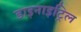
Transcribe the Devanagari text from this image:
डाइनाइट्रिल